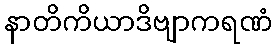
နာတိကိယာဒိဗျာကရဏံ